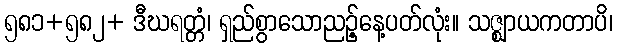
၅၈၁+၅၈၂+ ဒီဃရတ္တံ၊ ရှည်စွာသောညဉ့်နေ့ပတ်လုံး။ သဇ္ဈာယကတာပိ၊